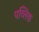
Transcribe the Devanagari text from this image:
पव्लिक